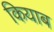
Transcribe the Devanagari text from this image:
कियाब